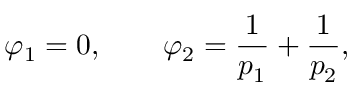
\varphi _ { 1 } = 0 , \qquad \varphi _ { 2 } = \frac { 1 } { p _ { 1 } } + \frac { 1 } { p _ { 2 } } ,